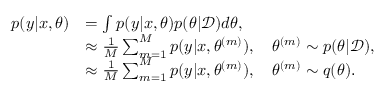
\begin{array} { r l } { p ( y | x , \theta ) } & { = \int p ( y | x , \theta ) p ( \theta | \mathcal { D } ) d \theta , } \\ & { \approx \frac { 1 } { M } \sum _ { m = 1 } ^ { M } p ( y | x , \theta ^ { ( m ) } ) , \quad \theta ^ { ( m ) } \sim p ( \theta | \mathcal { D } ) , } \\ & { \approx \frac { 1 } { M } \sum _ { m = 1 } ^ { M } p ( y | x , \theta ^ { ( m ) } ) , \quad \theta ^ { ( m ) } \sim q ( \theta ) . } \end{array}